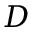
D